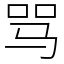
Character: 骂